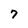
Character: 7